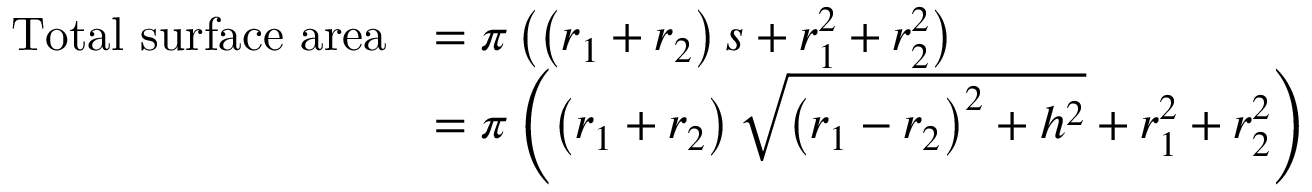
{ \begin{array} { r l } { { \mathrm { T o t a l ~ s u r f a c e ~ a r e a } } } & { = \pi \left( \left( r _ { 1 } + r _ { 2 } \right) s + r _ { 1 } ^ { 2 } + r _ { 2 } ^ { 2 } \right) } \\ & { = \pi \left( \left( r _ { 1 } + r _ { 2 } \right) { \sqrt { \left( r _ { 1 } - r _ { 2 } \right) ^ { 2 } + h ^ { 2 } } } + r _ { 1 } ^ { 2 } + r _ { 2 } ^ { 2 } \right) } \end{array} }